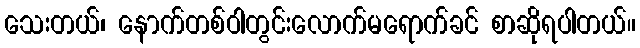
သေးတယ်၊ နောက်တစ်ဝါတွင်းလောက်မရောက်ခင် စာဆိုရပါတယ်။